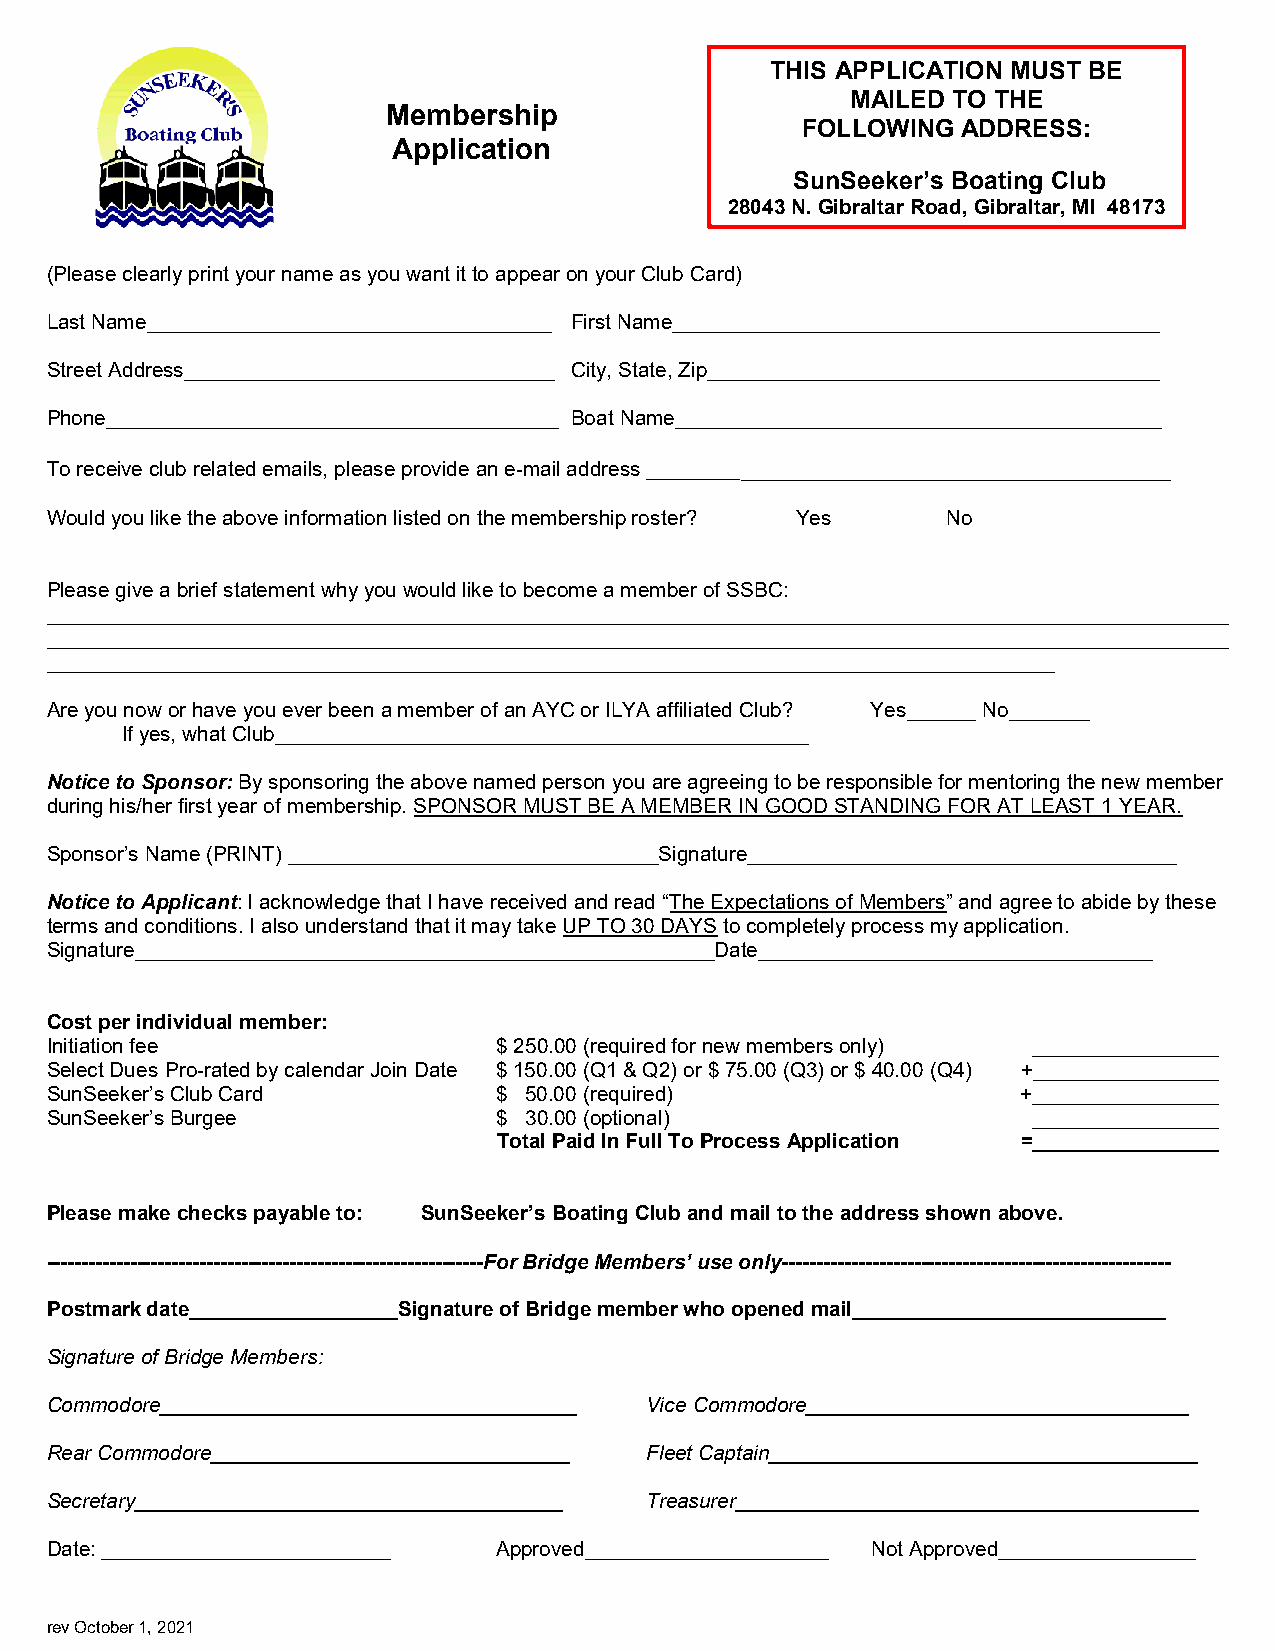
THIS APPLICATION MUST BE
 MAILED TO THE
 Membership
 FOLLOWING  ADDRESS:
 Application
 SunSeeker’s Boating Club
 28043 N. Gibraltar Road, Gibraltar, MI 48173
 (Please clearly print your name as you want it to appear on your Club Card)
 Last Name___________________________________ First Name__________________________________________
 Street Address________________________________ City, State, Zip_______________________________________
 Phone_______________________________________ Boat Name__________________________________________
 To receive club related emails, please provide an e-mail address _______________________________________
 Would you like the above information listed on the membership roster? Yes No
 Please give a brief statement why you would like to become a member of SSBC:
 ______________________________________________________________________________________________________
 ______________________________________________________________________________________________________
 _______________________________________________________________________________________
 Are you now or have you ever been a member of an AYC or ILYA affiliated Club? Yes______ No_______
 If yes, what Club______________________________________________
 Notice to Sponsor: By sponsoring the above named person you are agreeing to be responsible for mentoring the new member
 during his/her first year of membership. SPONSOR MUST BE A MEMBER IN GOOD STANDING FOR AT LEAST 1 YEAR.
 Sponsor’s Name (PRINT) ________________________________Signature_____________________________________
 Notice to Applicant: I acknowledge that I have received and read “The Expectations of Members” and agree to abide by these
 terms and conditions. I also understand that it may take UP TO 30 DAYS to completely process my application.
 Signature__________________________________________________Date__________________________________
 Cost per individual member:
 Initiation fee                $ 250.00 (required for new members only) ________________
 Select Dues Pro-rated by calendar Join Date $ 150.00 (Q1 & Q2) or $ 75.00 (Q3) or $ 40.00 (Q4) +________________
 SunSeeker’s Club Card         $ 50.00 (required)                 +________________
 SunSeeker’s Burgee            $ 30.00 (optional)                 ________________
 Total Paid In Full To Process Application =________________
 Please make checks payable to: SunSeeker’s Boating Club and mail to the address shown above.
 ---------------------------------------------------------------For Bridge Members’ use only--------------------------------------------------------
 Postmark date__________________Signature of Bridge member who opened mail___________________________
 Signature of Bridge Members:
 Commodore____________________________________ Vice Commodore_________________________________
 Rear Commodore_______________________________ Fleet Captain_____________________________________
 Secretary_____________________________________ Treasurer________________________________________
 Date: _________________________ Approved_____________________ Not Approved_________________
 rev October 1, 2021